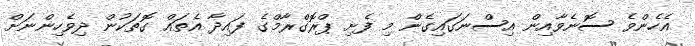
އެހެންވެ ސޮނެވާއިން އިސްނަގައިގެން މި ފެށި ޕްރޮގްރާމްގެ ފައިދާ އެތައް ގޮތަކުން ދިވެހިންނަށް